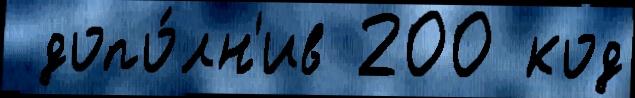
 допо́лн'ив 200 код